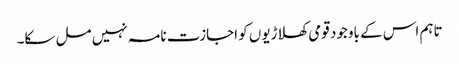
تاہم اس کے باوجود قومی کھلاڑیوں کو اجازت نامہ نہیں مل سکا۔